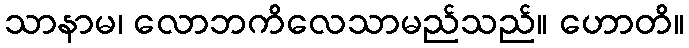
သာနာမ၊ လောဘကိလေသာမည်သည်။ ဟောတိ။